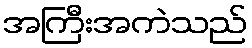
အကြီးအကဲသည်